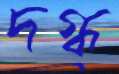
দগ্ধ্‌